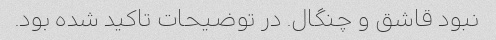
نبود قاشق و چنگال. در توضیحات تاکید شده بود.